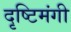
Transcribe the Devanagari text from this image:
दृष्टिमंगी